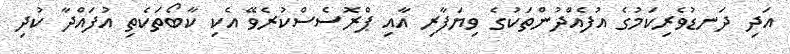
އަދި ދަނޑުވެރިކަމުގެ އުފެއްދުންތަކުގެ ވިޔަފާރި އާއި ޕްރޮސެސްކުރެވޭ އެކި ކާބޯތަކެތި އުފައްދާ ކުދި